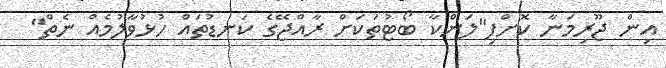
އިން ޖޫރިމަނާ ކޮށްފި"ލަންކާ ބޯޓުތަކަށް ރާއްޖޭގެ ކަނޑުތައް ހުޅުވާލުމެއް ނެތް"